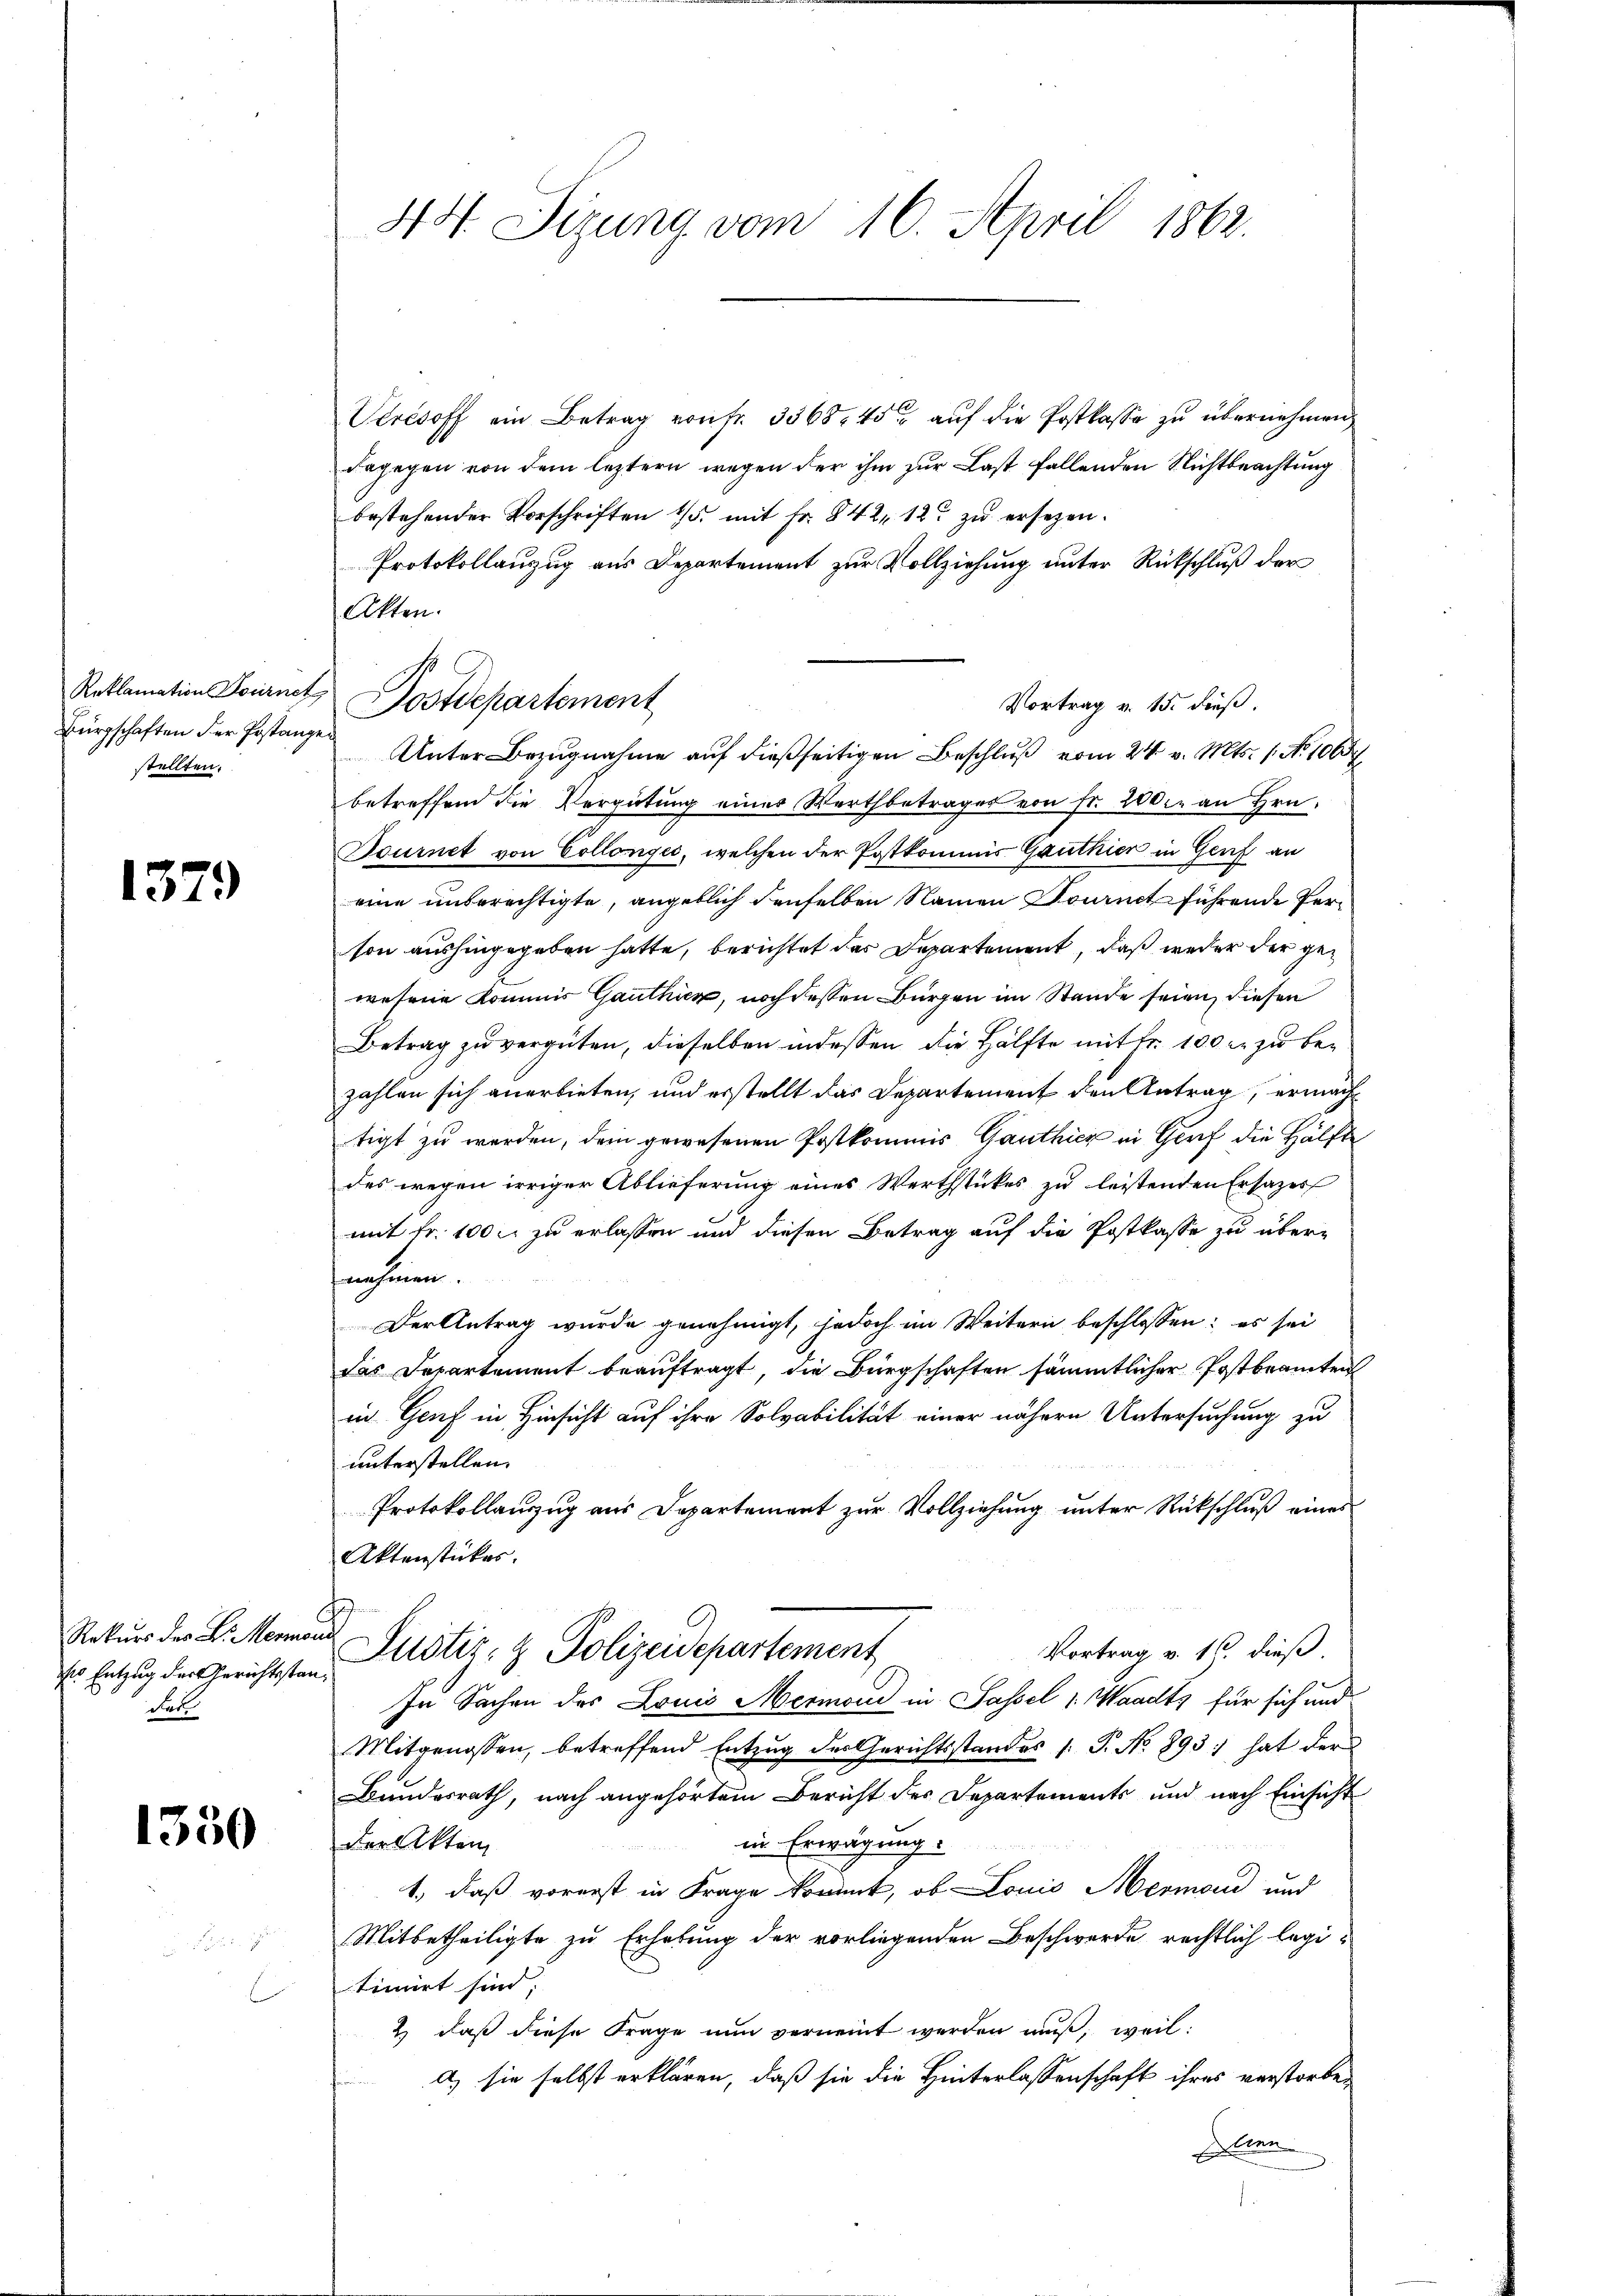
Bürgschaften der Erstanze
stellten.

1379

ser Entzug der Gerichtsstan¬
Fall

1350

44. Sizung vom 16. April 1862.

Verésoff ein Betrag von fr. 3368. 45 auf die Postkasse zu übernehmen
dagegen von dem leztern wegen der ihm zur Last fallenden Nichtbeachtung
bestehender Vorschriften 1/5. mit Fr. 842, 12. zŭ ersetzen.
Protokollanzug aus Departement zur Vollziehung unter Rückschluß der
Atten.
Unter Bezugnahme auf dießseitigen Beschluß vom 24. v. Mts. 1. No 1065
betreffend die Vergütung eines Wertbetrages von Fr. 200 an Hrn.
Tournet von Collongić, welchen der Postkommis Ganthier in Genf an
eine unberechtigte, angeblich denselben Namen Journctführende Person aushingegeben hatte, berichtet das Departement, daß weder der gewesene Kommis Ganthier, noch dessen Bürgen im Stande seien, diesen
Betrag zu vergüten, dieselben indessen die Hälfte mit Fr. 100 er zu bezahlen sich anerbieten, und erstellt das Departement den Antrag, ermachtigt zu werden, dem gewesenen Postkommis Ganthier in Gurf die Hälfte
des wegen irriger Ablieferung eines Werthstückes zu leistenden Ersatzes
mit fr. 100 l. zu erlassen und diesen Betrag auf die Postkasse zu über-
nehmen.
Der Antrag wurde genehmigt, jedoch im Weitern beschlossen; es sei
das Departement beauftragt, die Bürgschaften sämmtlicher Postbeamten
in Genf in Hinsicht auf ihre Solvabilität einer nähere Untersuchung zu
unterstellen.
Protokollauszug aus Departement zur Vollziehung unter Rückschluß eines
Aktenstücker.
Rekurs des L. Meinen Justiz- & Polizeidepartement
Vortrag v. 16. dieß.
In Sachen des Louis Mermond in Sassel 1. Waadts für sich und
Mitgenossen, betreffend Entzug des Gerichtsstandes (T. No 893) hat der
Bundesrath, nach angehörtem Bericht des Departements und nach Einsicht
in Erwägung.
der Akten
1., daß vorerst in Frage kommt, ob Louis Mermond und
Mitbetheiligte zu Erhebung der vorliegenden Beschwerde rechtlich legi-
timirt sind;
2) daß diese Frage nun verneint werden muß, weil:
A) sie selbst erklären, daß sie die Hinterlassenschaft ihres verstorben
Den

Reklamation Journet Postdepartement

Vortrag v. 15. dieß.